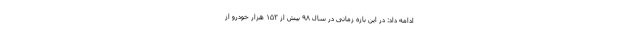
ادامه داد: در این بازه‌ زمانی در سال ۹۸ بیش از ۱۵۳ هزار خودرو از